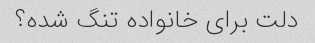
دلت برای خانواده تنگ شده؟